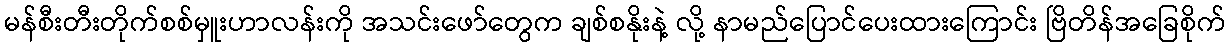
မန်စီးတီးတိုက်စစ်မှူးဟာလန်းကို အသင်းဖော်တွေက ချစ်စနိုးနဲ့ လို့ နာမည်ပြောင်ပေးထားကြောင်း ဗြိတိန်အခြေစိုက်